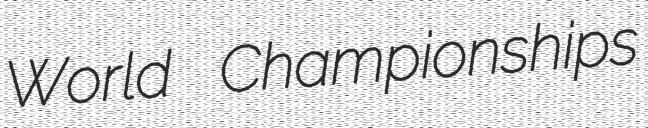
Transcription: World Championships